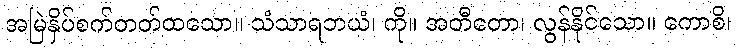
အမြဲနှိပ်စက်တတ်ထသော။ သံသာရဘယံ၊ ကို။ အတီတော၊ လွန်နိုင်သော။ ကောစိ၊